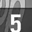
Digit: 5